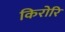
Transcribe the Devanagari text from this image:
किरोरि